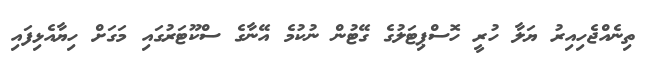
ތިނެއްޖެހިއިރު ޔަލާ ހުރީ ހޮސްޕިޓަލުގެ ގޭޓުން ނުކުމެ އޭނާގެ ސްކޫޓަރުގައި މަގަށް ހިޔާއެޅިފައި